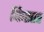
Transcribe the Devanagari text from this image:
फिस्तर